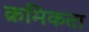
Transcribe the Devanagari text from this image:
क्रमिकता